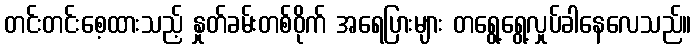
တင်းတင်းစေ့ထားသည့် နှုတ်ခမ်းတစ်ဝိုက် အရေပြားများ တရွေ့ရွေ့လှုပ်ခါနေလေသည်။